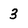
Character: 3